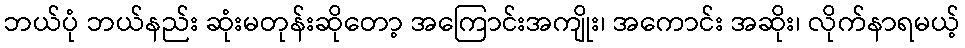
ဘယ်ပုံ ဘယ်နည်း ဆုံးမတုန်းဆိုတော့ အကြောင်းအကျိုး၊ အကောင်း အဆိုး၊ လိုက်နာရမယ့်